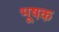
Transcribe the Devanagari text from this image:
भूषक